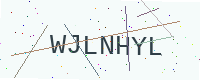
Text: WJLNHYL